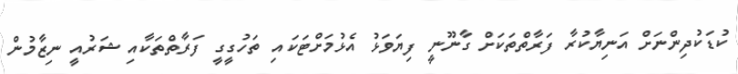
ކުޑަކުދިންނަށް އަނިޔާކުރާ ފަރާތްތަކަށް ގާނޫނީ ފިޔަވަޅު އެޅުމަށްޓަކައި ތަހުގީގީ ފަރާތްތަކާއި ޝަރުއީ ނިޒާމުން